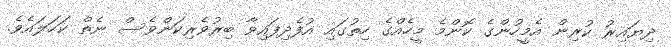
ދިޔައިރު ކުރިން އެމީހުންގެ ކޮންމެ މީހެއްގެ ހިތުގައި އުފެދިފައިވާ ބިރުވެރިކަންވެސް ނެތް ކަހަލައެވެ.